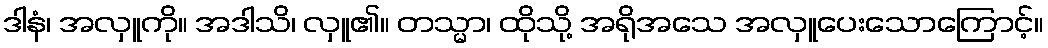
ဒါနံ၊ အလှူကို။ အဒါသိ၊ လှူ၏။ တသ္မာ၊ ထိုသို့ အရိုအသေ အလှူပေးသောကြောင့်။